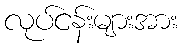
လုပ်ငန်းများအား